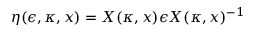
\eta ( \epsilon , \kappa , x ) = X ( \kappa , x ) \epsilon X ( \kappa , x ) ^ { - 1 }